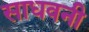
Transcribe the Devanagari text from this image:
साधवनी